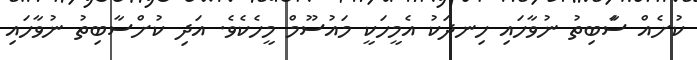
ކުށެއް ސާަބިތު ނުވާހައި ހިނދަކު އެމީހަކީ މައުސޫމް މީހެކެވެ. އަދި ކުށްސާބިތު ނުވާހައި